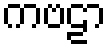
ကဗဠာ